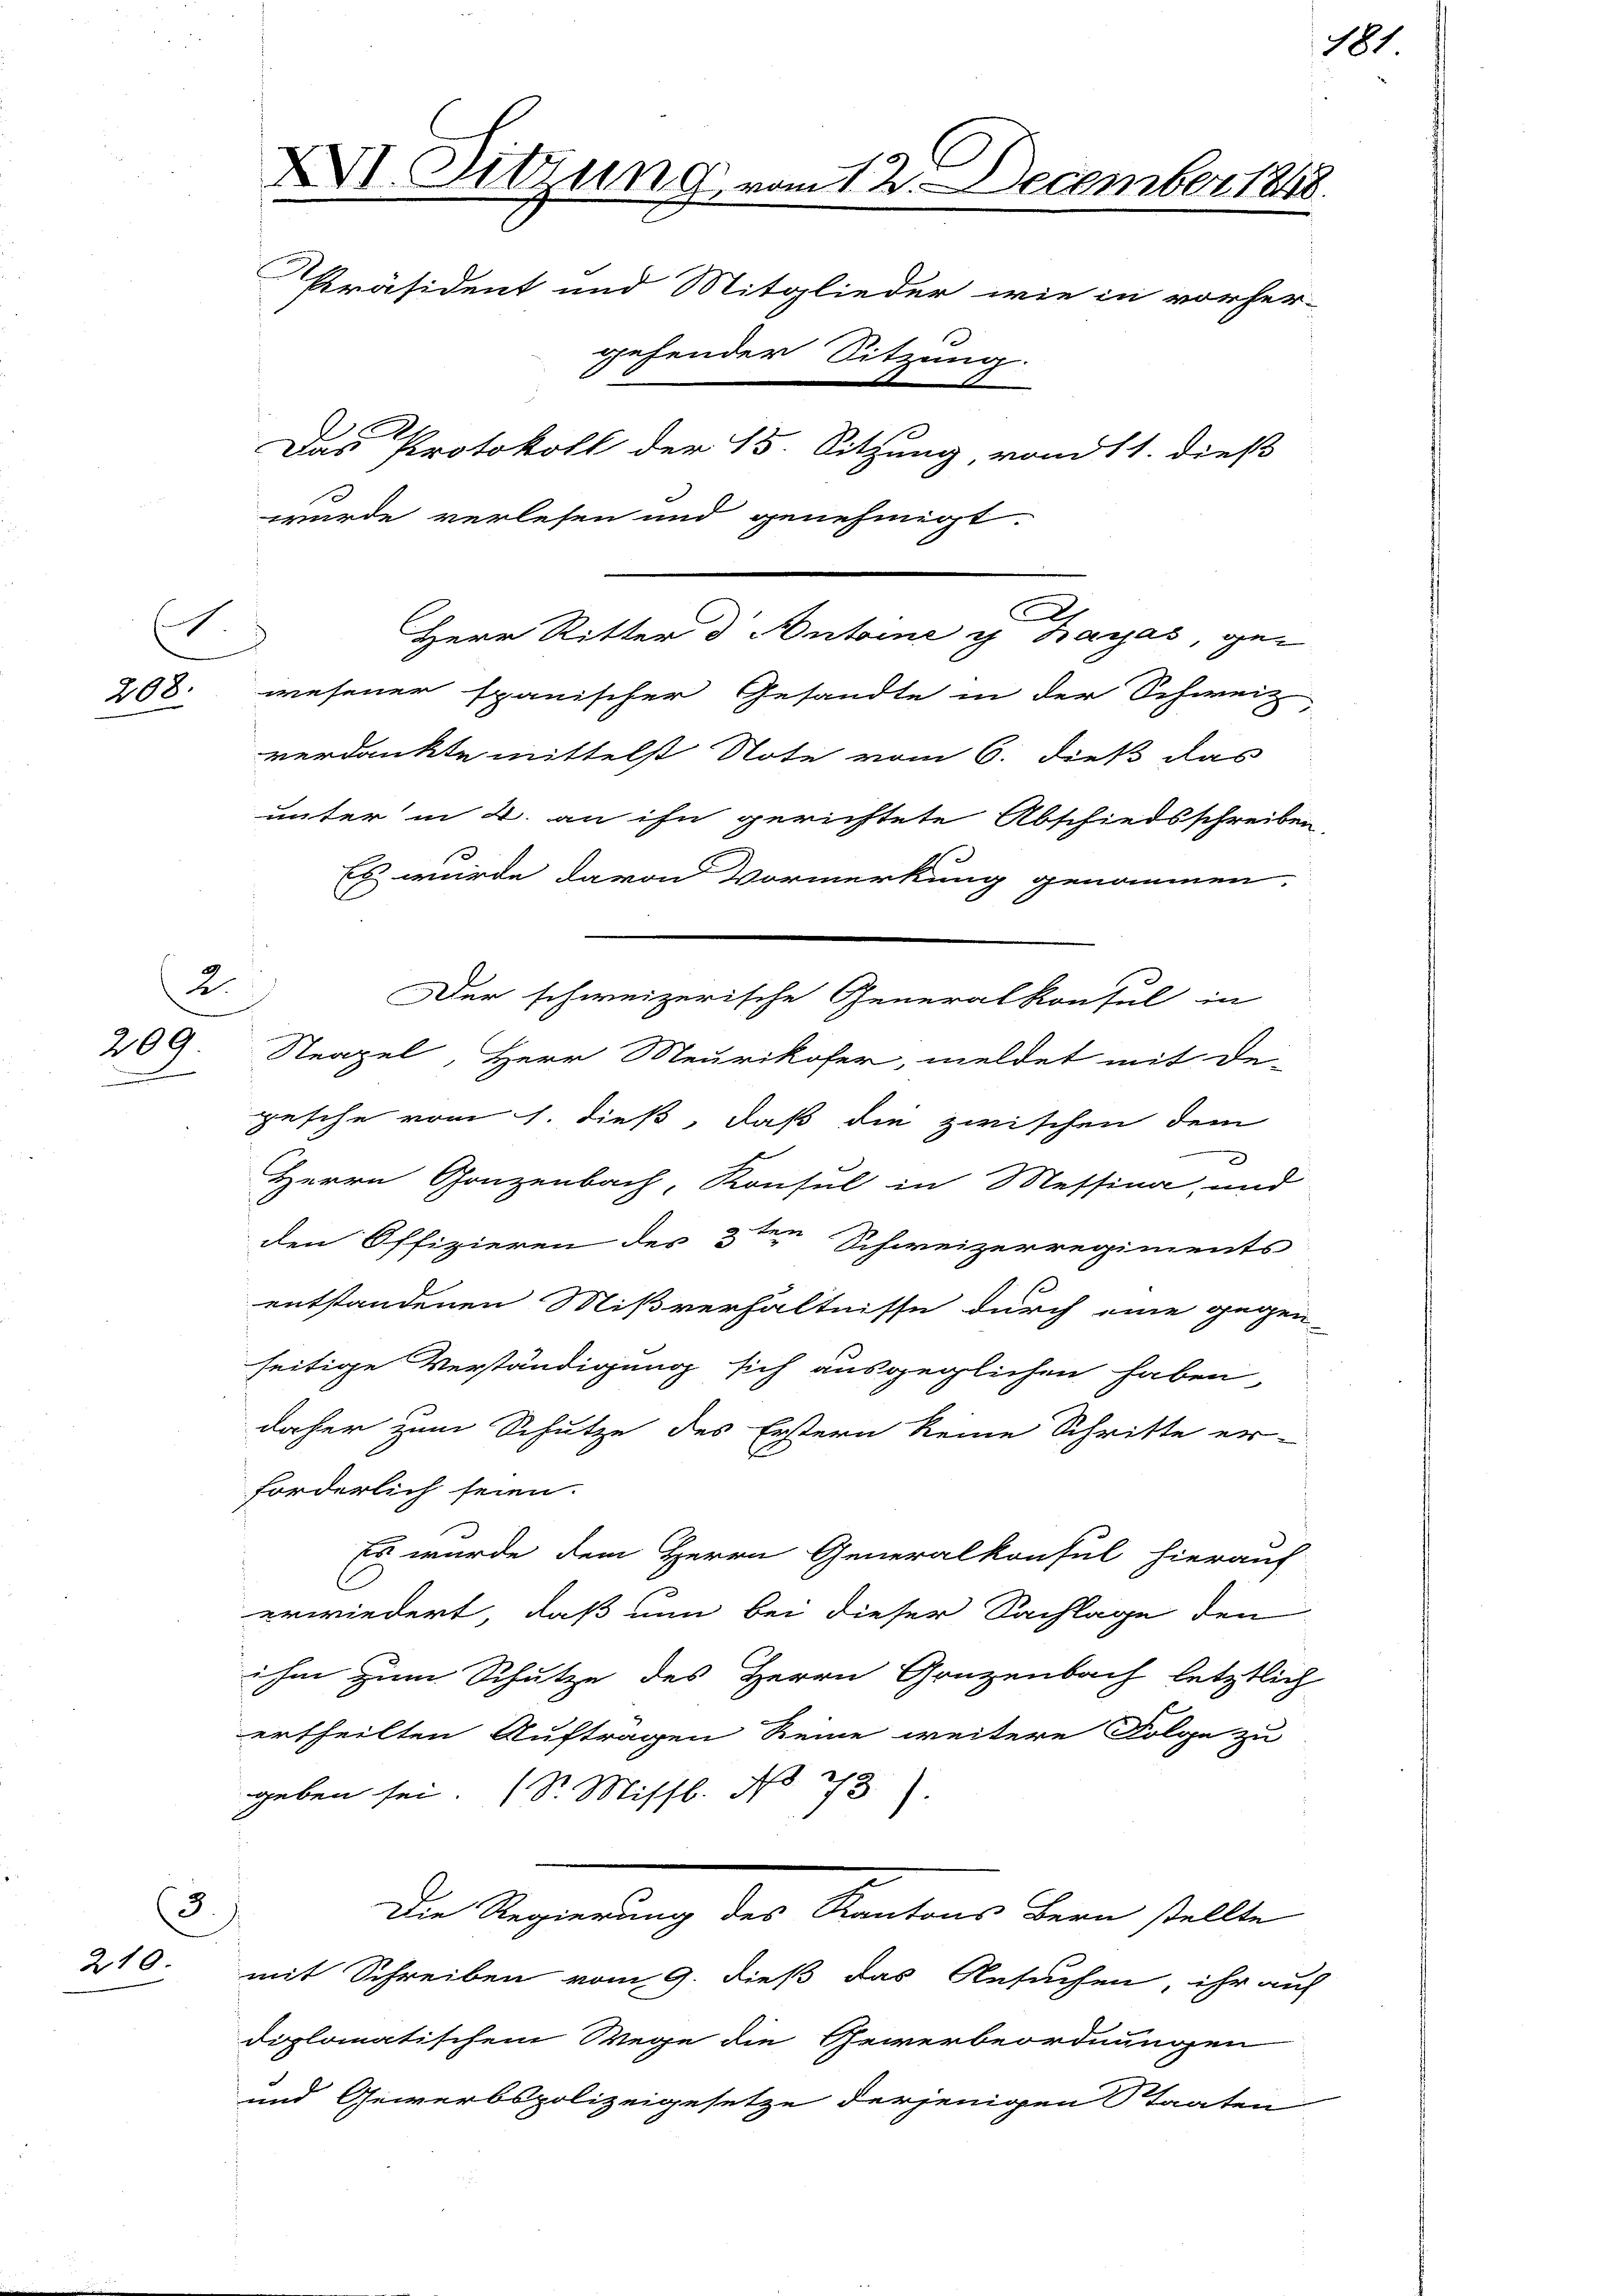
208.

1

2.
209.

3.
210.

XVI. Sitzung vom 12. December 1848.
Präsident und Mitglieder wie in vorher-
gehender Sitzung.
Das Protokoll der 15. Sitzung, von 11. dieß
wurde verlesen und genehmigt.
Herr Ritter d Antrina  Hayas, gewesener spanischer Gesandte in der Schweiz,
verdankte mittelst Note vom 6. dieß das

unter in 2. an ihn gerichtete Abschiedsschreiben
Es wurde davon Vormerkung genommen.
Steapel, Herr Meurikofer, meldet mit dei
gesche vom 1. dieß, daß die zwischen dem
Herrn Ganzenbach, Konsul in Messina, und
den Offizieren des 3ter Schweizerregiments
entstandenen Mißverhältnisse durch eine gegen
seitige Verständigung sich ausgeglichen haben,
daher zum Schutze des Erstern keine Schritte er-
forderlich seien.
Es wurde dem Herrn Generalkonsul hierauf
erwiedert, daß nun bei dieser Sachlage den
ihm zum Schutze des Herrn Grüzenbach letztlich
ertheilten Auftragen Reine weitere Folge zu
E
geben sei. (S. Missl. No 73).
Die Regierung des Kantons Bern stellte
mit Schreiben vom 9. dieß das Ansuchen, ihr auf
diplomatischem Wege die Gewerbeordnungen
und Gewerbspolizeigesetze derjenigen Staaten

Der schweizerische Generalkonsul in

181